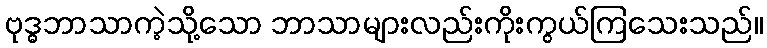
ဗုဒ္ဓဘာသာကဲ့သို့သော ဘာသာများလည်းကိုးကွယ်ကြသေးသည်။